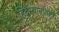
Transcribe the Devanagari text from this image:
हिंदुस्थानांतही